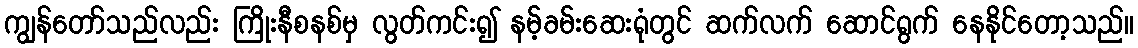
ကျွန်တော်သည်လည်း ကြိုးနီစနစ်မှ လွတ်ကင်း၍ နမ့်ခမ်းဆေးရုံတွင် ဆက်လက် ဆောင်ရွက် နေနိုင်တော့သည်။